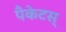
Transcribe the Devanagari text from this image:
पैकेटस्